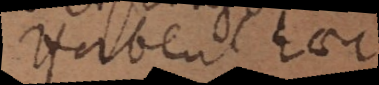
Habent haec